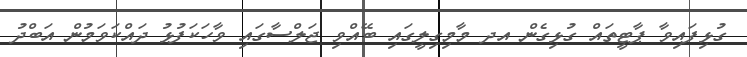
ގުޅިފައިވާ ޕާޓީތައް ގުޅިގެން އދ މާމިގިލީގައި ބޭއްވި ޖަލްސާގައި ވާހަކަފުޅު ދައްކަވަމުން އަބްދު